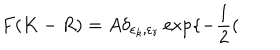
F ( K - R ) = A \delta _ { \varepsilon _ { k } , \varepsilon _ { r } } \exp \{ - { \frac { 1 } { 2 } } (